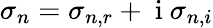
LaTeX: \sigma_{n}=\sigma_{n,r}+\mathrm{~i~}\sigma_{n,i}